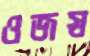
ওজস্ব